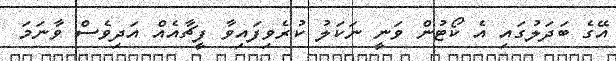
އޭގެ ބަދަލުގައި އެ ކޯޓުން ވަނީ ނަކަލު ކުރެވިފައިވާ ފީޗާއެއް އަދިވެސް ވާނަމަ